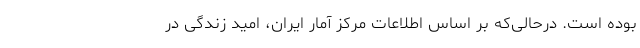
بوده است. درحالی‌که بر اساس اطلاعات مرکز آمار ایران، امید زندگی در